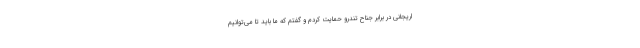
اریجانی در برابر جناح تندرو حمایت کردم و گفتم که ما باید تا می‌توانیم